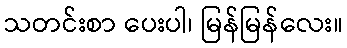
သတင်းစာ ပေးပါ၊ မြန်မြန်လေး။